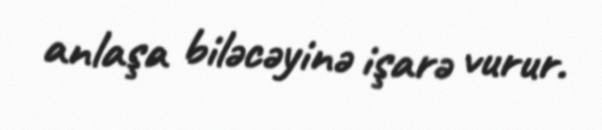
anlaşa biləcəyinə işarə vurur.